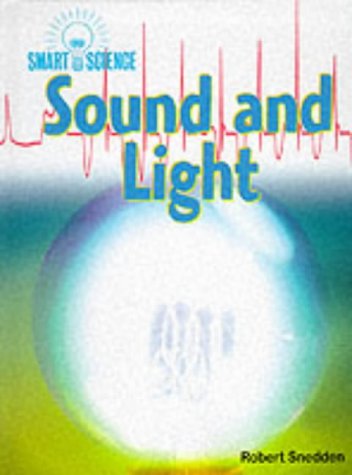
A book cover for Sound and Light (Smart Science); Robert Snedden; Children's Books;